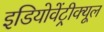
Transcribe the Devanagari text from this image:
इडियोवेंट्रीक्यूल